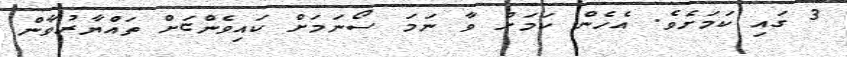
3 ގައި ކަމަށެވެ. އެހެން ކަމަށް ވާ ނަމަ ސޯނަމަށް ކައިވެންޏަށް ތައްޔާރުވާން